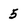
Character: 5